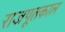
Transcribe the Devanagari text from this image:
राजपूतकाल